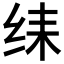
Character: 𱺛